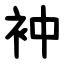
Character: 衶